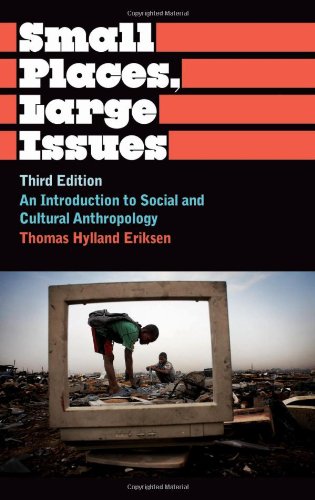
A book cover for Small Places, Large Issues: An Introduction to Social and Cultural Anthropology, Third Edition (Anthropology, Culture and Society); Thomas Hylland Eriksen; Politics & Social Sciences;